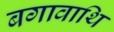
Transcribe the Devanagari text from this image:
बगावाथि